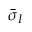
\Bar { \sigma } _ { I }